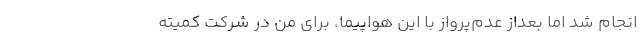
انجام شد اما بعداز عدم‌پرواز با این هواپیما، برای من در شرکت کمیته